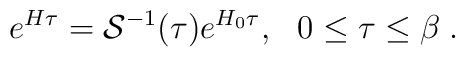
e^{H \tau} = { \cal S}^{-1}({\tau}) e^{H_0 \tau}, \,\,\,\, 0 \leq \tau \leq \beta \; .